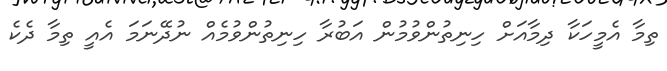
ތިމާ އެމީހަކާ ދިމާއަށް ހިނިތުންވުމުން އަބުރާ ހިނިތުންވުމެއް ނުދޭނަމަ އެއީ ތިމާ ދެކެ